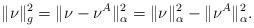
LaTeX: \begin{align*}\|\nu\|^2_g=\|\nu-\nu^A\|^2_\alpha=\|\nu\|^2_\alpha-\|\nu^A\|^2_\alpha.\end{align*}